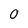
Character: 0